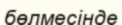
бөлмесінде